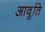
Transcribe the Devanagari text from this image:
आवृ्ति